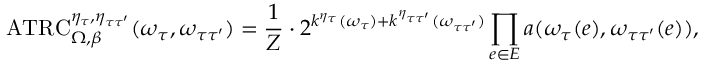
\mathrm { A T R C } _ { \Omega , \beta } ^ { \eta _ { \tau } , \eta _ { \tau \tau ^ { \prime } } } ( \omega _ { \tau } , \omega _ { \tau \tau ^ { \prime } } ) = \frac { 1 } { Z } \cdot 2 ^ { k ^ { \eta _ { \tau } } ( \omega _ { \tau } ) + k ^ { \eta _ { \tau \tau ^ { \prime } } } ( \omega _ { \tau \tau ^ { \prime } } ) } \prod _ { e \in E } a ( \omega _ { \tau } ( e ) , \omega _ { \tau \tau ^ { \prime } } ( e ) ) ,